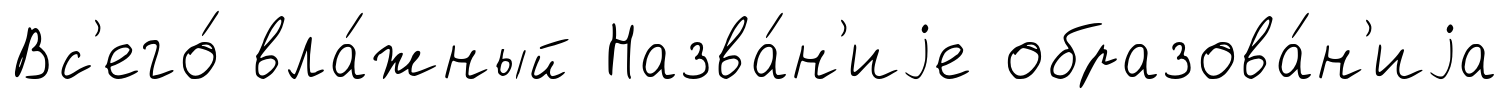
Вс'его́ вла́жный Назва́н'иjе образова́н'иjа